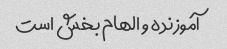
آموزنده و الهام بخش است